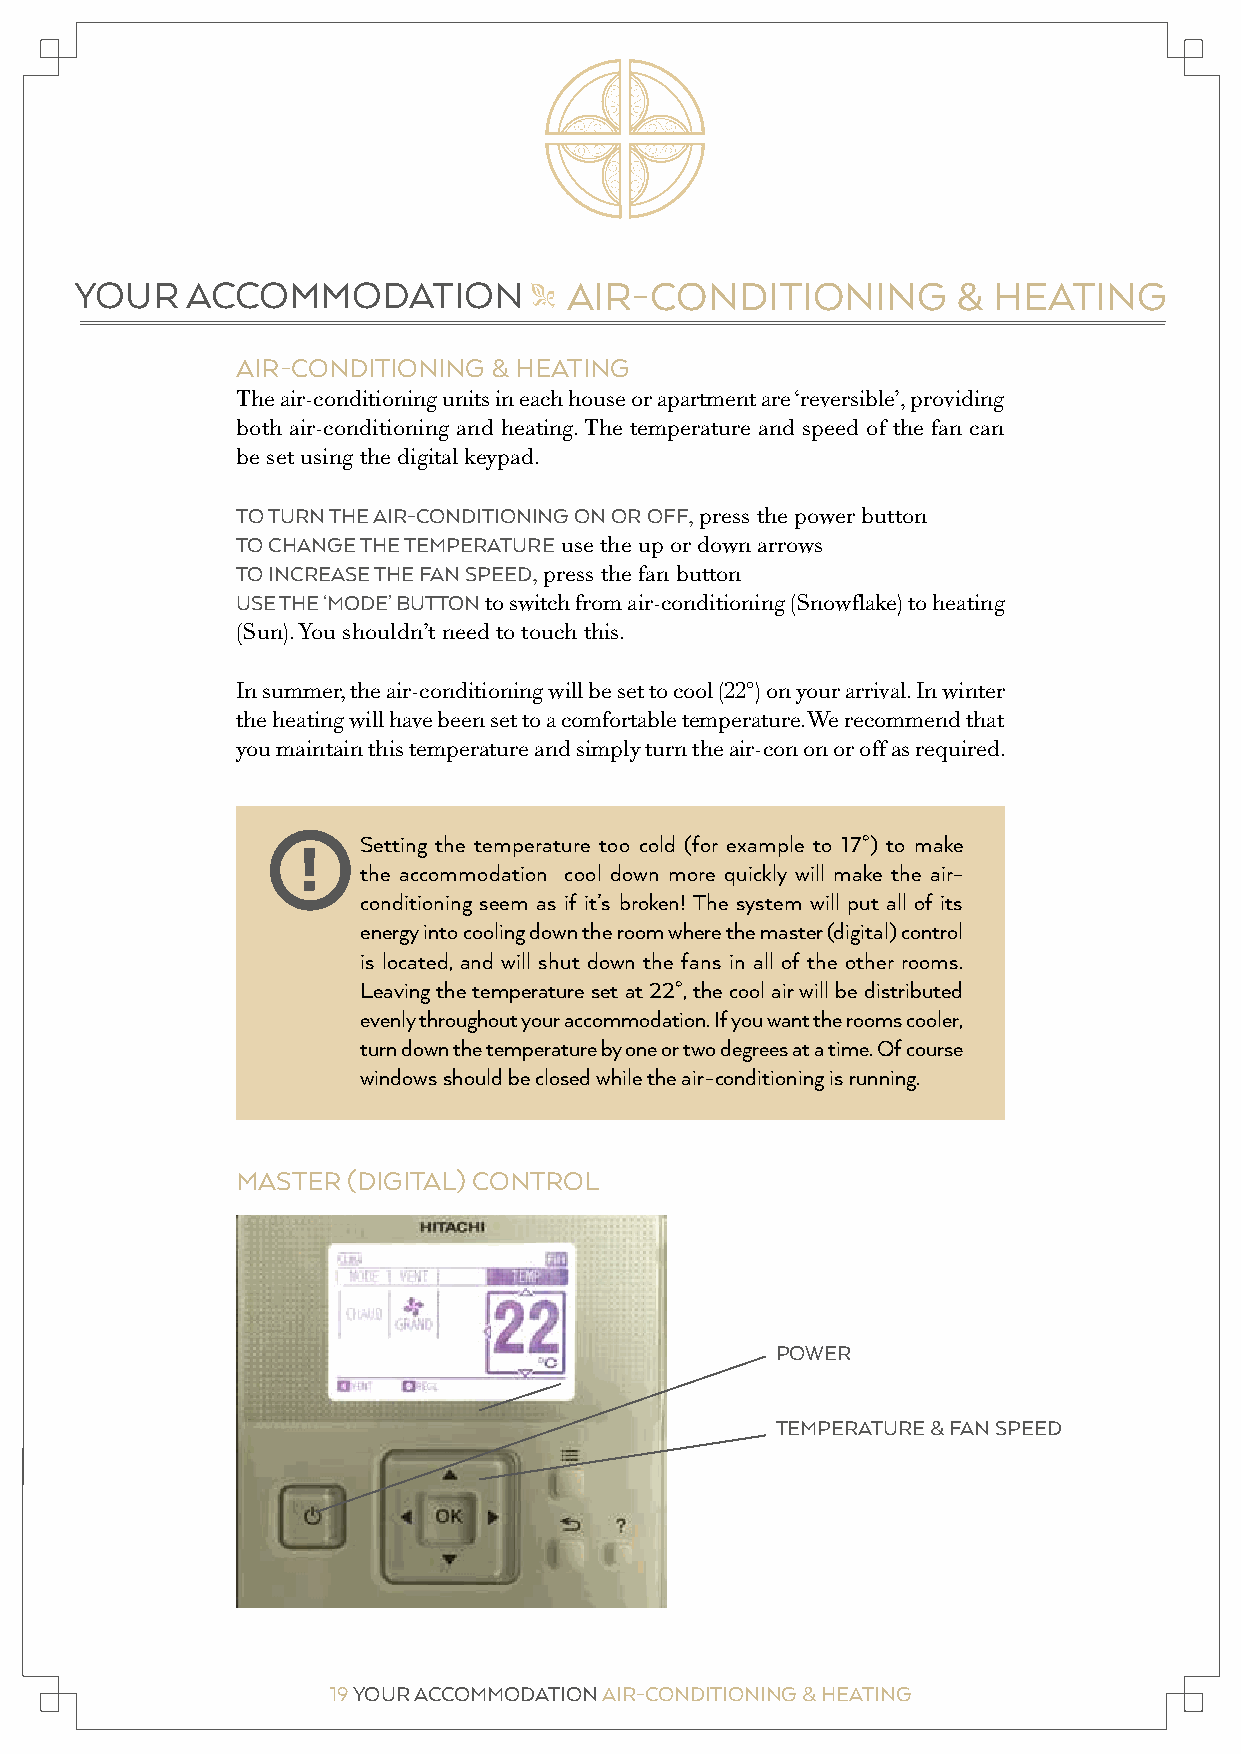
YOUR ACCOMMODATION GENERAL INFO/HOUSEKEEPING YOUR ACCOMMODATION AIR-CONDITIONING & HEATING
 "                                  "
 AIR-CONDITIONING & HEATING
 The air-conditioning units in each house or apartment are ‘reversible’, providing
 both air-conditioning and heating. The temperature and speed of the fan can
 be set using the digital keypad.
 TO TURN THE AIR-CONDITIONING ON OR OFF, press the power button
 TO CHANGE THE TEMPERATURE use the up or down arrows
 TO INCREASE THE FAN SPEED, press the fan button
 USE THE ‘MODE’ BUTTON to switch from air-conditioning (Snowflake) to heating
 (Sun). You shouldn’t need to touch this.
 In summer, the air-conditioning will be set to cool (22°) on your arrival. In winter
 the heating will have been set to a comfortable temperature. We recommend that
 you maintain this temperature and simply turn the air-con on or off as required.
 Setting the temperature too cold (for example to 17°) to make
 !
 the accommodation cool down more quickly will make the air-
 conditioning seem as if it’s broken! The system will put all of its
 energy into cooling down the room where the master (digital) control
 is located, and will shut down the fans in all of the other rooms.
 Leaving the temperature set at 22°, the cool air will be distributed
 evenly throughout your accommodation. If you want the rooms cooler,
 turn down the temperature by one or two degrees at a time. Of course
 windows should be closed while the air-conditioning is running.
 MASTER (DIGITAL) CONTROL
 POWER
 TEMPERATURE & FAN SPEED
 19 YOUR ACCOMMODATION AIR-CONDITIONING & HEATING